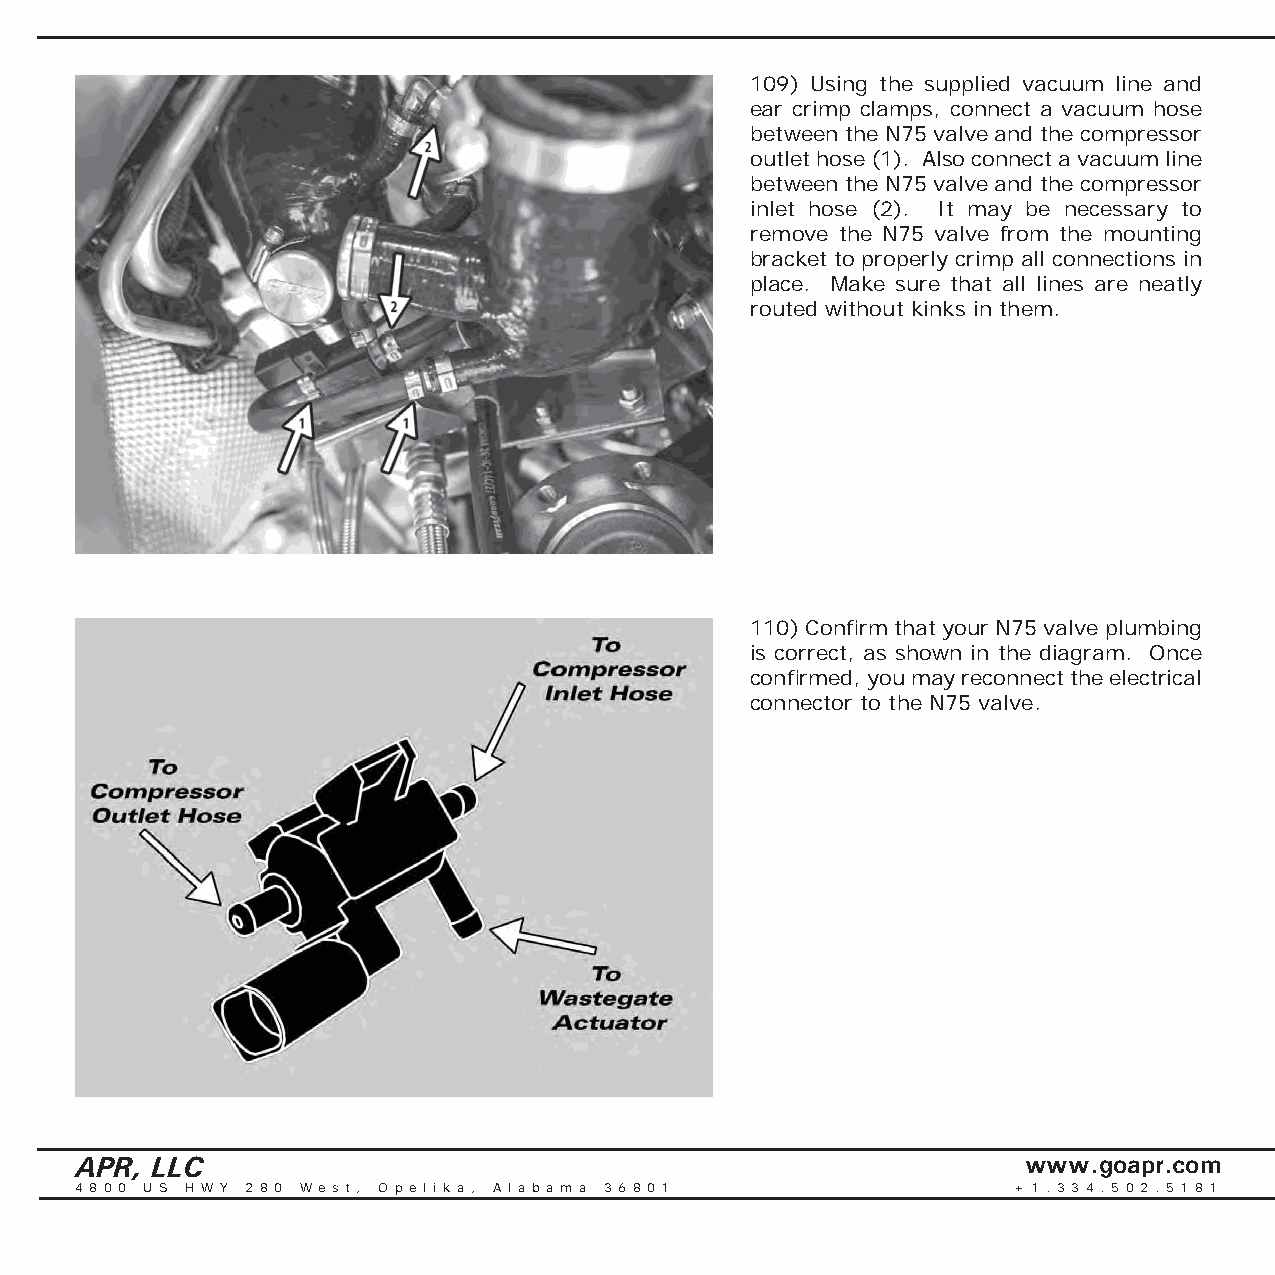
109) Using the supplied vacuum line and
 ear crimp clamps, connect a vacuum hose
 between the N75 valve and the compressor
 outlet hose (1). Also connect a vacuum line
 between the N75 valve and the compressor
 inlet hose (2). It may be necessary to
 remove the N75 valve from the mounting
 bracket to properly crimp all connections in
 place. Make sure that all lines are neatly
 routed without kinks in them.
 110) Confi rm that your N75 valve plumbing
 is correct, as shown in the diagram. Once
 confi rmed, you may reconnect the electrical
 connector to the N75 valve.
 APR, LLC                                                       www.goapr.com
 4 8 0 0 U S H W Y 2 8 0 We s t , O p e l i k a , A l a b a m a 3 6 8 0 1 + 1 . 3 3 4 . 5 0 2 . 5 1 8 1